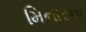
મિનારના